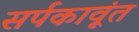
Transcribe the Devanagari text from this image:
सर्पकावूंत